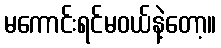
မကောင်းရင်မဝယ်နဲ့တော့။